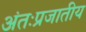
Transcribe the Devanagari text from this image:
अंतःप्रजातीय